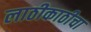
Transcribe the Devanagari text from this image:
लाठीकाठीचा